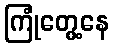
ကြုံတွေ့နေ